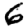
Digit: 6